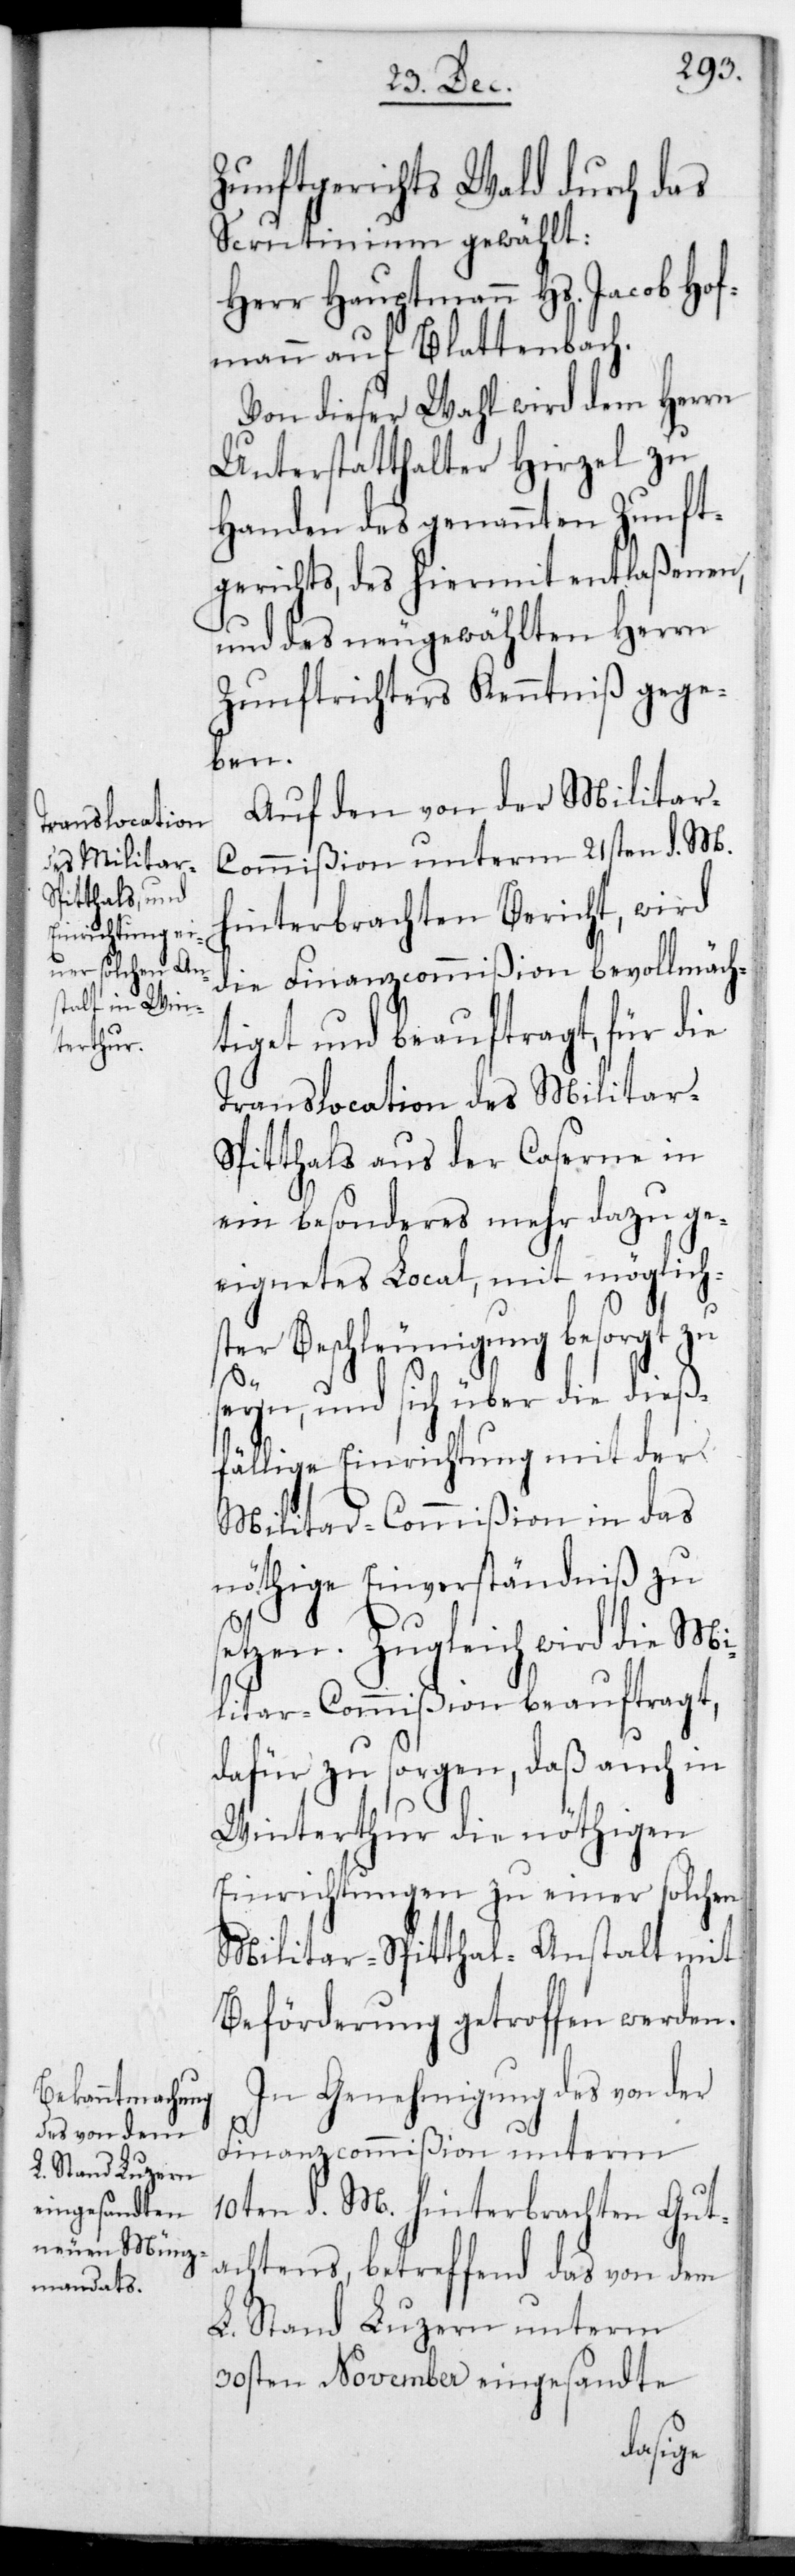
Zunftgerichts Wald durch das
Scrutinium gewählt:
Herr Hauptmann Hs. Jacob Hof¬
mann auf Blattenbach.
Von dieser Wahl wird dem Herrn
Unterstatthalter Hirzel zu
Handen des genannten Zunft¬
gerichts, des hiermit entlaßenen
und des neu gewählten Herrn
Zunftrichters Kenntniß gege¬
ben.
Auf den von der Milita¬
r-Commißion unterm 21sten d. M.
hinterbrachten Bericht, wird
die Finanzcommißion bevollmäch¬
tiget und beauftragt, für die
Translocation des Militar¬
spitals aus der Caserne in
ein besonderes mehr dazu ge¬
eignetes Local, mit möglichs¬
ter Beschleunigung besorgt zu
seyn, und sich über die dieß¬
fällige Einrichtung mit der
Militar-Commißion in das
nöthige Einverständniß zu
setzen. Zugleich wird die Mi¬
litar-Commißion beauftragt,
dafür zu sorgen, daß auch in
Winterthur die nöthigen
Einrichtungen zu einer solchen
Militarspital-Anstalt mit
Beförderung getroffen werden.
In Genehmigung des von der
Finanzcommißion unterm
10ten d. M. hinterbrachten Gut¬
achtens, betreffend das von dem
L. Stand Luzern unterm
30sten November eingesandte